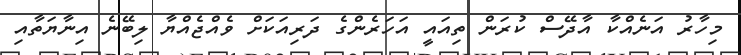
މިހާރު އަނެއްކާ އާދޭސް ކުރަން ތިއައީ އަހަރެންގެ ދަރިއަކަށް ވެއްޖެއްޔާ ލިބޭނެ އިނާޔަތާއި